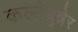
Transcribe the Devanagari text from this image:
कल्टेंब्रुन्नेर